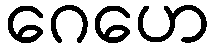
ဂေဟေ